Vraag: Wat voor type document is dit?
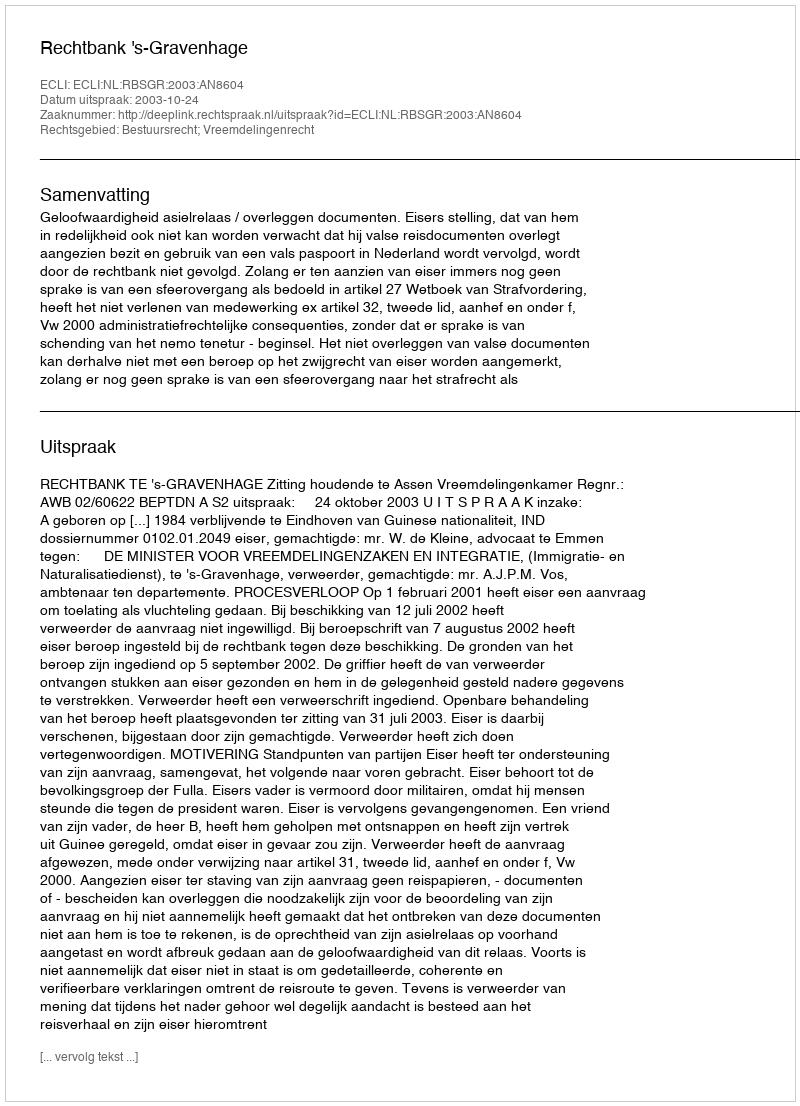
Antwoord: Uitspraak